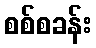
စစ်စခန်း